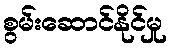
စွမ်းဆောင်နိုင်မှု